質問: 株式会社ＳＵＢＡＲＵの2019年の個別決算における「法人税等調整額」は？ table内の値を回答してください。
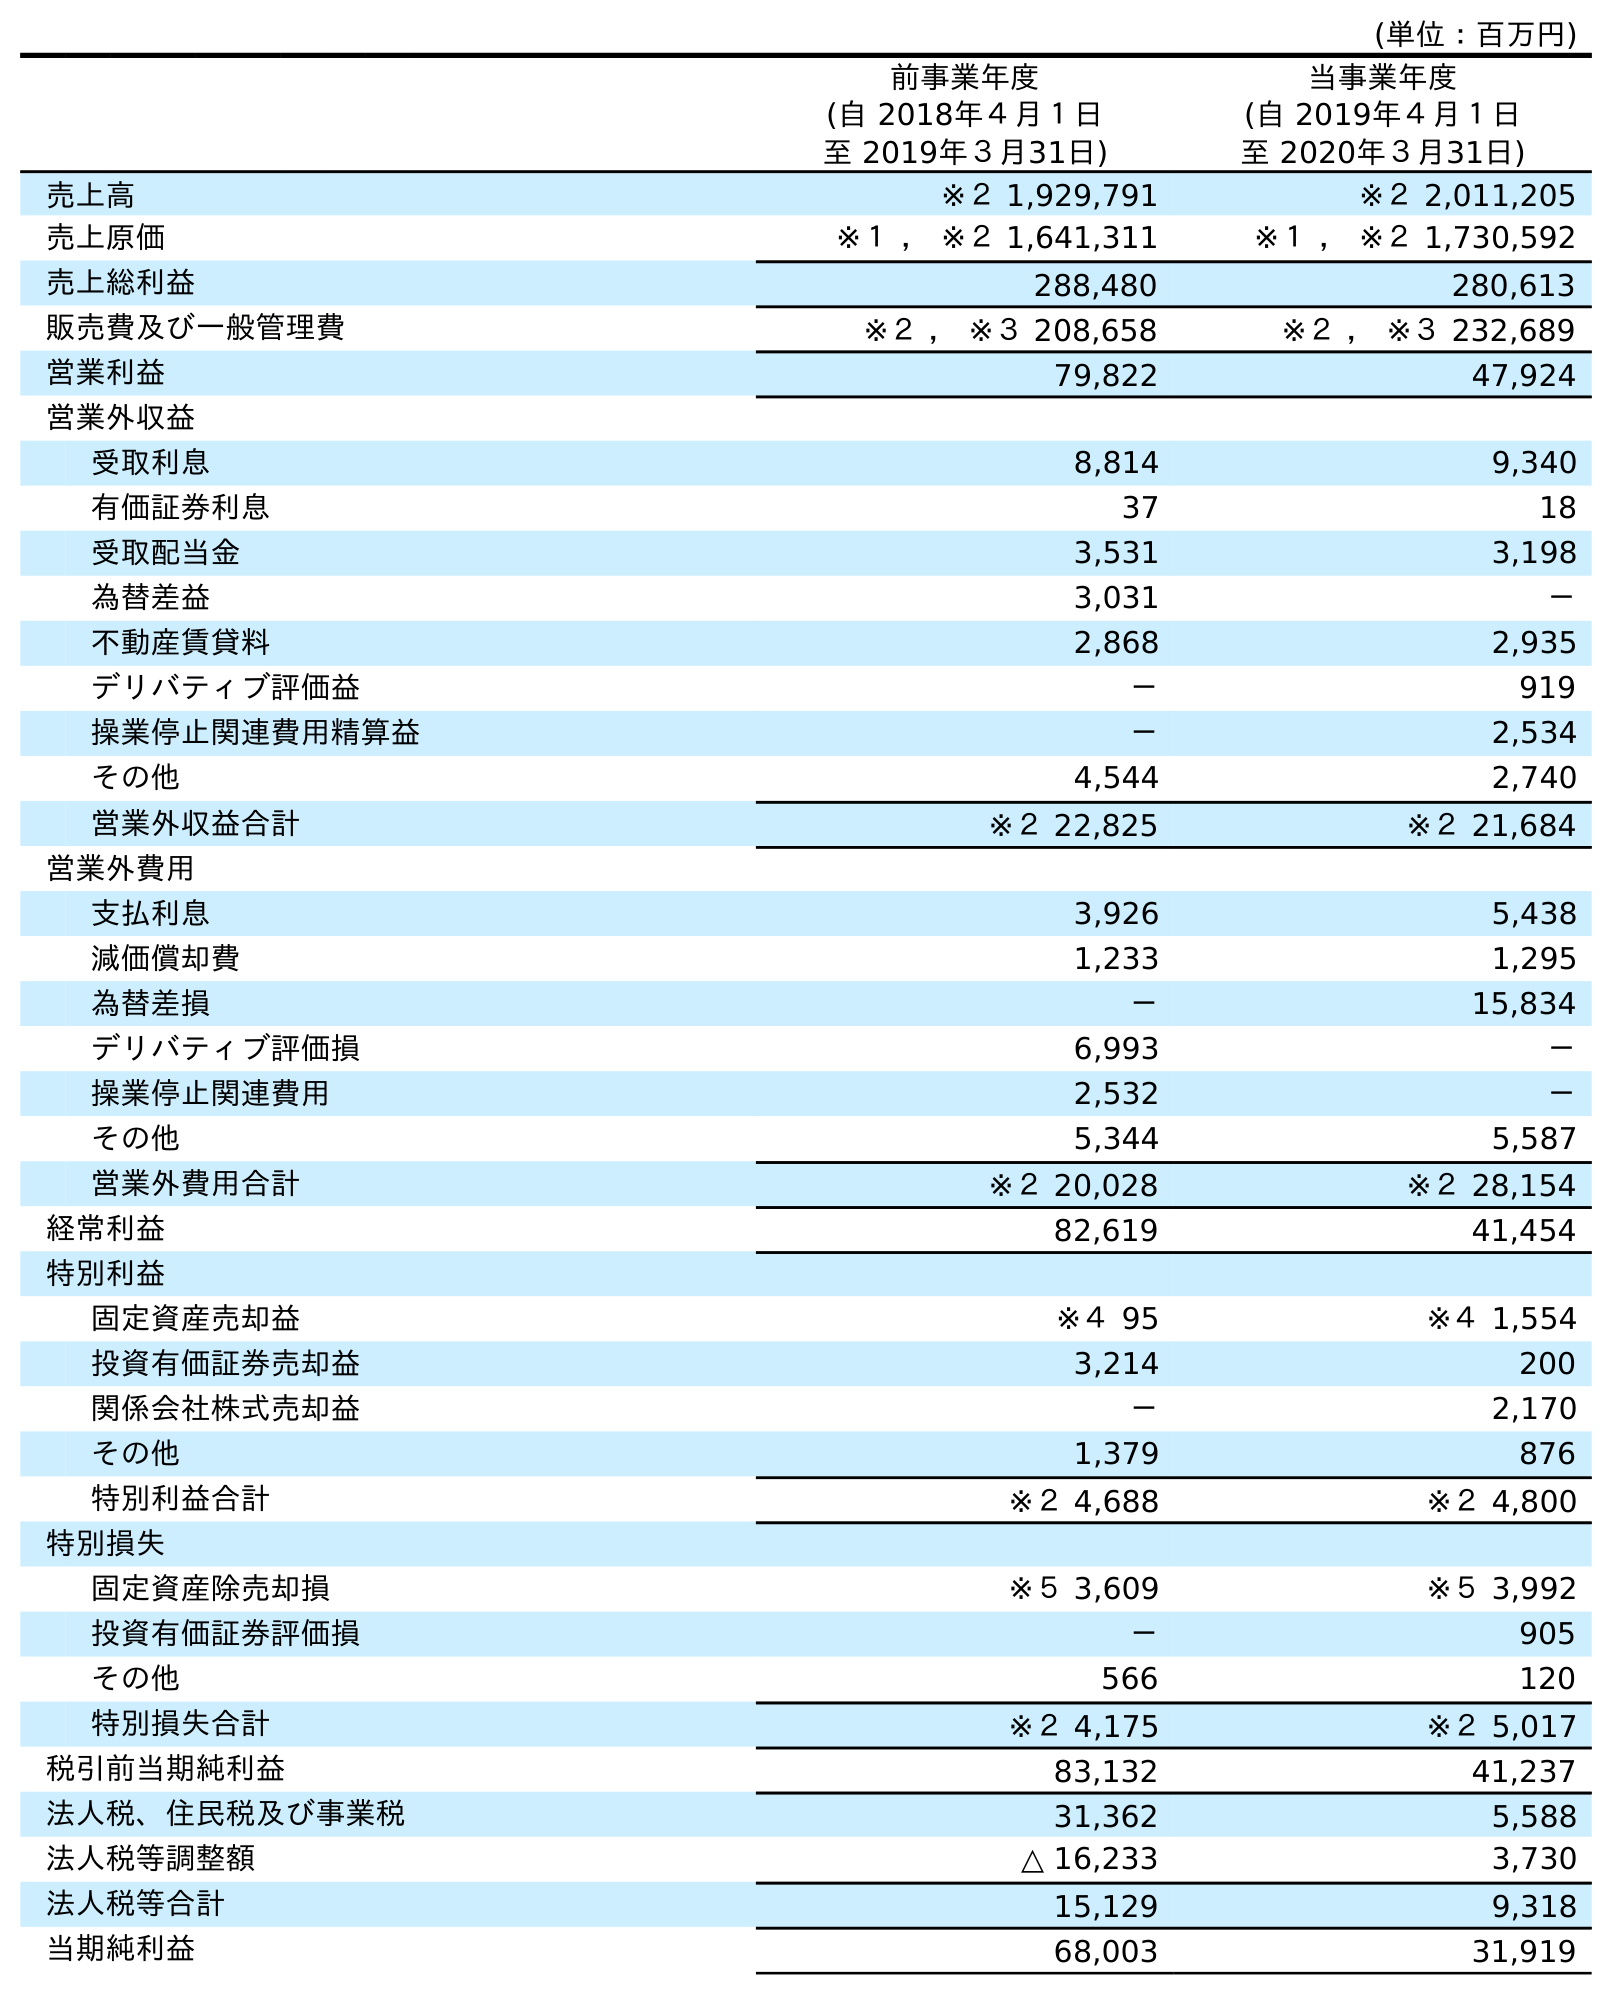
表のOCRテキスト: (単位：百万円) 前事業年度 (自 2018年４月１日 至 2019年３月31日) 当事業年度 (自 2019年４月１日 至 2020年３月31日) 売上高 ※２ 1,929,791 ※２ 2,011,205 売上原価 ※１ ， ※２ 1,641,311 ※１ ， ※２ 1,730,592 売上総利益 288,480 280,613 販売費及び一般管理費 ※２ ， ※３ 208,658 ※２ ， ※３ 232,689 営業利益 79,822 47,924 営業外収益 受取利息 8,814 9,340 有価証券利息 37 18 受取配当金 3,531 3,198 為替差益 3,031 － 不動産賃貸料 2,868 2,935 デリバティブ評価益 － 919 操業停止関連費用精算益 － 2,534 その他 4,544 2,740 営業外収益合計 ※２ 22,825 ※２ 21,684 営業外費用 支払利息 3,926 5,438 減価償却費 1,233 1,295 為替差損 － 15,834 デリバティブ評価損 6,993 － 操業停止関連費用 2,532 － その他 5,344 5,587 営業外費用合計 ※２ 20,028 ※２ 28,154 経常利益 82,619 41,454 特別利益 固定資産売却益 ※４ 95 ※４ 1,554 投資有価証券売却益 3,214 200 関係会社株式売却益 － 2,170 その他 1,379 876 特別利益合計 ※２ 4,688 ※２ 4,800 特別損失 固定資産除売却損 ※５ 3,609 ※５ 3,992 投資有価証券評価損 － 905 その他 566 120 特別損失合計 ※２ 4,175 ※２ 5,017 税引前当期純利益 83,132 41,237 法人税、住民税及び事業税 31,362 5,588 法人税等調整額 △ 16,233 3,730 法人税等合計 15,129 9,318 当期純利益 68,003 31,919
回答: △16,233